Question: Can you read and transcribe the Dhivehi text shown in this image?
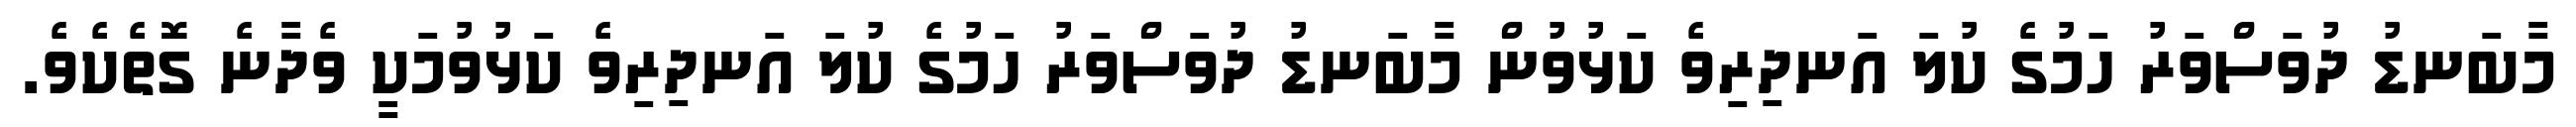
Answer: މާބަނޑު ދުވަސްވަރު ހަމުގެ ކުލަ އަނދިރިވެ ކަޅުވުން މާބަނޑު ދުވަސްވަރު ހަމުގެ ކުލަ އަނދިރިވެ ކަޅުވުމަކީ ވެދާނެ ގޮތެކެވެ.